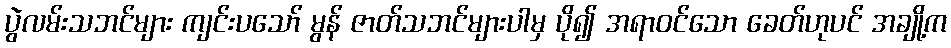
ပွဲလမ်းသဘင်များ ကျင်းပသော် မွန် ဇာတ်သဘင်များပါမှ ပို၍ အရာဝင်သော ခေတ်ဟုပင် အချို့က